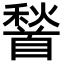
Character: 𮩦